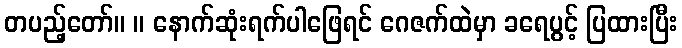
တပည့်တော်။ ။ နောက်ဆုံးရက်ပါဖြေရင် ဂေဇက်ထဲမှာ ခရေပွင့် ပြထားပြီး